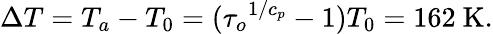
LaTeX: \Delta T=T_{a}-T_{0}=({\tau_{o}}^{1/c_{p}}-1)T_{0}=162\mathrm{\ K}.